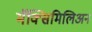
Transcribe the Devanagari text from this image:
मॅक्सिमिलिअन